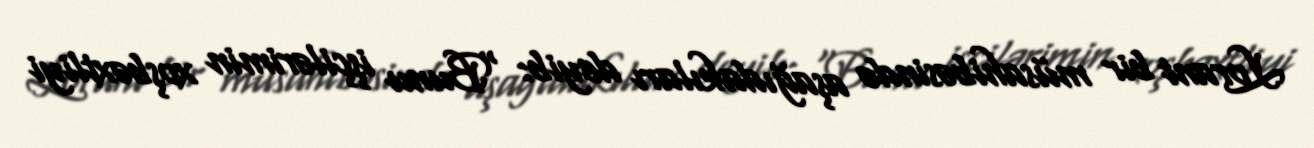
Lorant bir müsahibəsində aşağıdakıları deyib: “Bunu işçilərimin xoşbəxtliyi